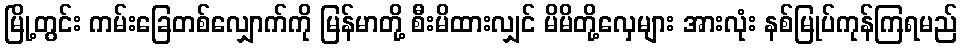
မြို့တွင်း ကမ်းခြေတစ်လျှောက်ကို မြန်မာတို့ စီးမိထားလျှင် မိမိတို့လှေများ အားလုံး နစ်မြုပ်ကုန်ကြရမည်